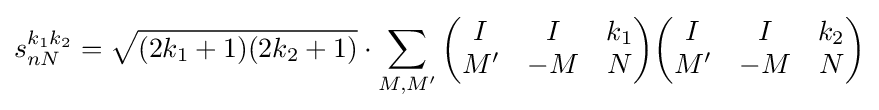
s_{nN}^{k_{1}k_{2}}={\sqrt {(2k_{1}+1)(2k_{2}+1)}}\cdot \sum _{M,M'}{\begin{pmatrix}I&I&k_{1}\\M'&-M&N\\\end{pmatrix}}{\begin{pmatrix}I&I&k_{2}\\M'&-M&N\\\end{pmatrix}}